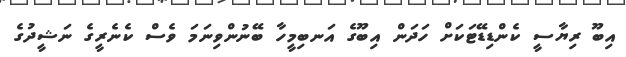
އިބޫ ރިޔާސީ ކެންޑިޑޭޓަކަށް ހަދަން އިބޫގެ އަނބިމީހާ ބޭނުންވިނަމަ ވެސް ކެނެރީގެ ނަޝީދުގެ